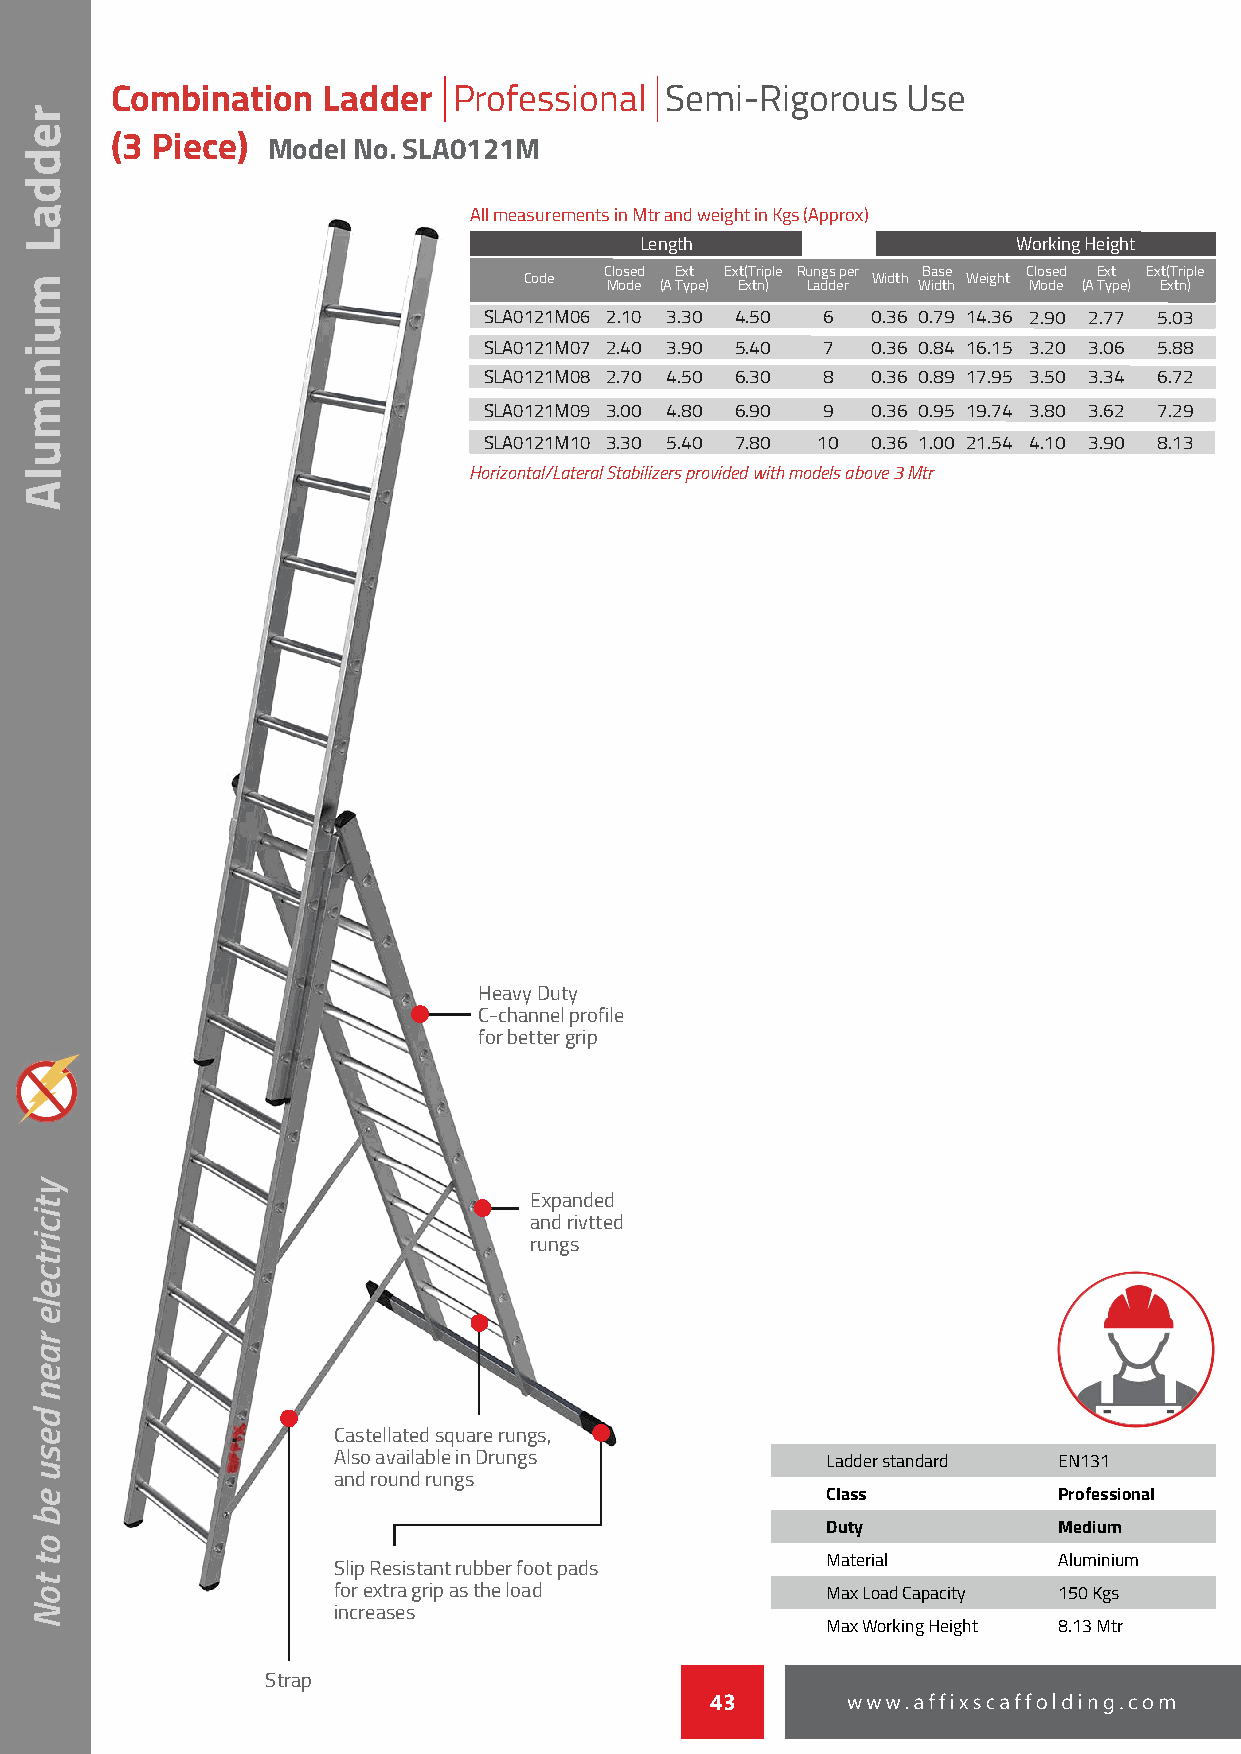
Combination   Ladder   Professional  Semi-Rigorous   Use
 (3 Piece)  Model No. SLA0121M
 All measurements in Mtr and weight in Kgs (Approx)
 Length                   Working Height
 Closed Ext Ext(Triple Rungs per Base Closed Ext Ext(Triple
 Code                   Width Weight Mode (A Type) Extn) Ladder Width Mode (A Type) Extn)
 SLA0121M06 2.10 3.30 4.50 6 0.36 0.79 14.36 2.90 2.77 5.03
 SLA0121M07 2.40 3.90 5.40 7 0.36 0.84 16.15 3.20 3.06 5.88
 SLA0121M08 2.70 4.50 6.30 8 0.36 0.89 17.95 3.50 3.34 6.72
 SLA0121M09 3.00 4.80 6.90 9 0.36 0.95 19.74 3.80 3.62 7.29
 SLA0121M10 3.30 5.40 7.80 10 0.36 1.00 21.54 4.10 3.90 8.13
 Horizontal/Lateral Stabilizers provided with models above 3 Mtr
 HHHHeeeeaaaavvvvyyyy DDDDuuuuttttyyyy
 CCCC----cccchhhhaaaannnnnnnneeeellll pppprrrrooooffffiiiilllleeee
 ffffoooorrrr bbbbeeeetttttttteeeerrrr ggggrrrriiiipppp
 EEEExxxxppppaaaannnnddddeeeedddd
 aaaannnndddd rrrriiiivvvvtttttttteeeedddd
 rrrruuuunnnnggggssss
 CCCCaaaasssstttteeeellllllllaaaatttteeeedddd ssssqqqquuuuaaaarrrreeee rrrruuuunnnnggggssss,,,,
 AAAAllllssssoooo aaaavvvvaaaaiiiillllaaaabbbblllleeee iiiinnnn DDDDrrrruuuunnnnggggssss Ladder standard EN131
 aaaannnndddd rrrroooouuuunnnndddd rrrruuuunnnnggggssss
 Class          Professional
 Duty           Medium
 Material       Aluminium
 SSSSlllliiiipppp RRRReeeessssiiiissssttttaaaannnntttt rrrruuuubbbbbbbbeeeerrrr ffffooooooootttt ppppaaaaddddssss
 ffffoooorrrr eeeexxxxttttrrrraaaa ggggrrrriiiipppp aaaassss tttthhhheeee llllooooaaaadddd Max Load Capacity 150 Kgs
 iiiinnnnccccrrrreeeeaaaasssseeeessss
 Max Working Height 8.13 Mtr
 SSSSttttrrrraaaapppp
 43
 reddaL
 muinimulA
 yticirtcele
 raen
 desu
 eb
 ot
 toN